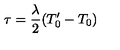
\tau = \frac { \lambda } { 2 } ( T _ { 0 } ^ { \prime } - T _ { 0 } )